Annual returns of the Patna Lunatic Asylum at Bankipore in Bihar and Orissa - 1912-1924
Year: 1912
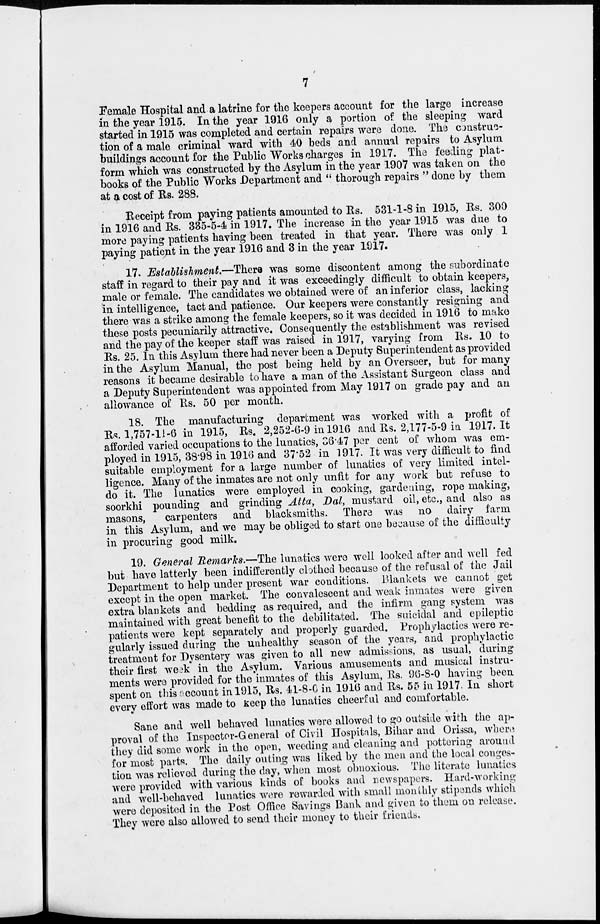
7
Female Hospital and a latrine for the keepers account for the large increase
in the year 1915. In the year 1916 only a portion of the sleeping ward
started in 1915 was completed and certain repairs were done. The construc-
tion of a male criminal ward with 40 beds and annual repairs to Asylum
buildings account for the Public Works charges in 1917. The feeding plat-
form which was constructed by the Asylum in the year 1907 was taken on the
books of the Public Works Department and " thorough repairs " done by them
at a cost of Rs. 288.
Receipt from paying patients amounted to Rs. 531-1-8 in 1915, Rs. 300
in 1916 and Rs. 335-5-4 in 1917. The increase in the year 1915 was due to
more paying patients having been treated in that year. There was only 1
paying patient in the year 1916 and 3 in the year 1917.
17. Establishment.—There was some discontent among the subordinate
staff in regard to their pay and it was exceedingly difficult to obtain keepers,
male or female. The candidates we obtained were of an inferior class, lacking
in intelligence, tact and patience. Our keepers were constantly resigning and
there was a strike among the female keepers, so it was decided in 1916 to make
these posts pecuniarily attractive. Consequently the establishment was revised
and the pay of the keeper staff was raised in 1917, varying from Rs. 10 to
Rs. 25. In this Asylum there had never been a Deputy Superintendent as provided
in the Asylum Manual, the post being held by an Overseer, but for many
reasons it became desirable to have a man of the Assistant Surgeon class and
a Deputy Superintendent was appointed from May 1917 on grade pay and an
allowance of Rs. 50 per month.
18. The manufacturing department was worked with a profit of
Rs. 1,757-11-6 in 1915, Rs. 2,252-6-9 in 1916 and Rs. 2,177-5-9 in 1917. It
afforded varied occupations to the lunatics, 36.47 per cent of whom was em-
ployed in 1915, 38.98 in 1916 and 37.52 in 1917. It was very difficult to find
suitable employment for a large number of lunatics of very limited intel-
ligence. Many of the inmates are not only unfit for any work but refuse to
do it. The lunatics were employed in cooking, gardening, rope making,
soorkhi pounding and grinding Atta, Dal, mustard oil, etc., and also as
masons,
carpenters and blacksmiths. There was no dairy farm
in this Asylum, and we may be obliged to start one because of the difficulty
in procuring good milk.
19. General Remarks.—The lunatics were well looked after and well fed
but have latterly been indifferently clothed because of the refusal of the Jail
Department to help under present war conditions. Blankets we cannot get
except in the open market. The convalescent and weak inmates were given
extra blankets and bedding as required, and the infirm gang system was
maintained with great benefit to the debilitated. The suicidal and epileptic
patients were kept separately and properly guarded. Prophylactics were re-
gularly issued during the unhealthy season of the years, and prophylactic
treatment for Dysentery was given to all new admissions, as usual, during
their first week in the Asylum. Various amusements and musical instru-
ments were provided for the inmates of this Asylum, Rs. 96-8-0 having been
spent on this account in 1915, Rs. 41-8-0 in 1916 and Rs. 55 in 1917. In short
every effort was made to keep the lunatics cheerful and comfortable.
Sane and well behaved lunatics were allowed to go outside with the ap-
proval of the Inspector-General of Civil Hospitals, Bihar and Orissa, where
they did some work in the open, weeding and cleaning and pottering around
fore most parts. The daily outing was liked by the men and the local conges-
tion was relieved during the day, when most obnoxious. The literate lunatics
were provided with various kinds of books and newspapers. Hard-working
and well-behaved lunatics were rewarded with small monthly stipends which
were deposited in the Post Office Savings Bank and given to them on release.
They wore also allowed to send their money to their friends.